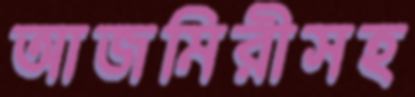
আজমিরীসহ